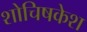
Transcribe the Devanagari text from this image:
शोचिषकेश